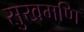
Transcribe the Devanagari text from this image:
सुखमणि